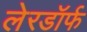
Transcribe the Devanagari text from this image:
लेरडॉर्फ